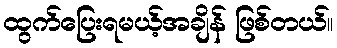
ထွက်ပြေးရမယ့်အချိန် ဖြစ်တယ်။